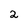
Character: 2